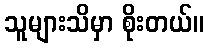
သူများသိမှာ စိုးတယ်။